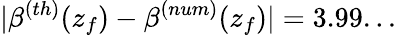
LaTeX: |\beta^{(th)}(z_{f})-\beta^{(num)}(z_{f})|=3.99...